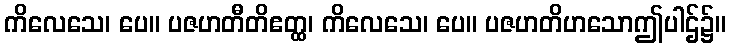
ကိလေသေ၊ ပေ။ ပဇဟတီတိဧတ္ထ၊ ကိလေသေ၊ ပေ။ ပဇဟတိဟသောဤပါဌ်၌။